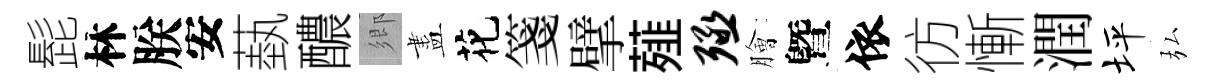
髭林朕安蓺醲鄉盡花箋擘薤殛膾曁依彷慚潤坪弘